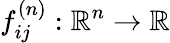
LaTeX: f_{ij}^{(n)}:\mathbb{R}^{n}\to\mathbb{R}